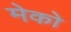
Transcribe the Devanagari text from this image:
मेको